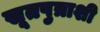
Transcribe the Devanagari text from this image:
सूतपुत्राशी